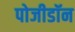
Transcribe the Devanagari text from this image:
पोजीडॉन